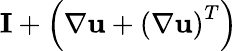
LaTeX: \textbf{I}+\left(\nabla\textbf{u}+\left(\nabla\textbf{u}\right)^{T}\right)